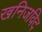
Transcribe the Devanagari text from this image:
खनिजविद